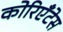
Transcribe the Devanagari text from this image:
कोरिएँटेस